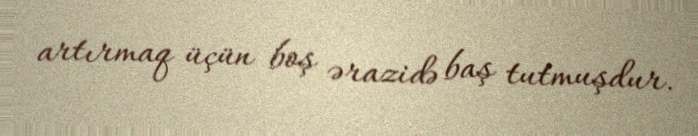
artırmaq üçün boş ərazidə baş tutmuşdur.